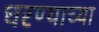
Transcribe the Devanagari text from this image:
धरण्याच्या